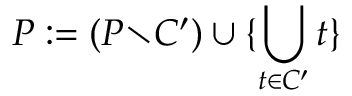
P : = ( P { \setminus } C ^ { \prime } ) \cup \{ \bigcup _ { t \in C ^ { \prime } } t \}